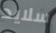
سلايد